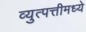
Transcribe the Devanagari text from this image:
व्युत्पत्तीमध्ये